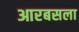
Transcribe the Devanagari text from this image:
आरबसला